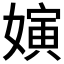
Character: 𱙫